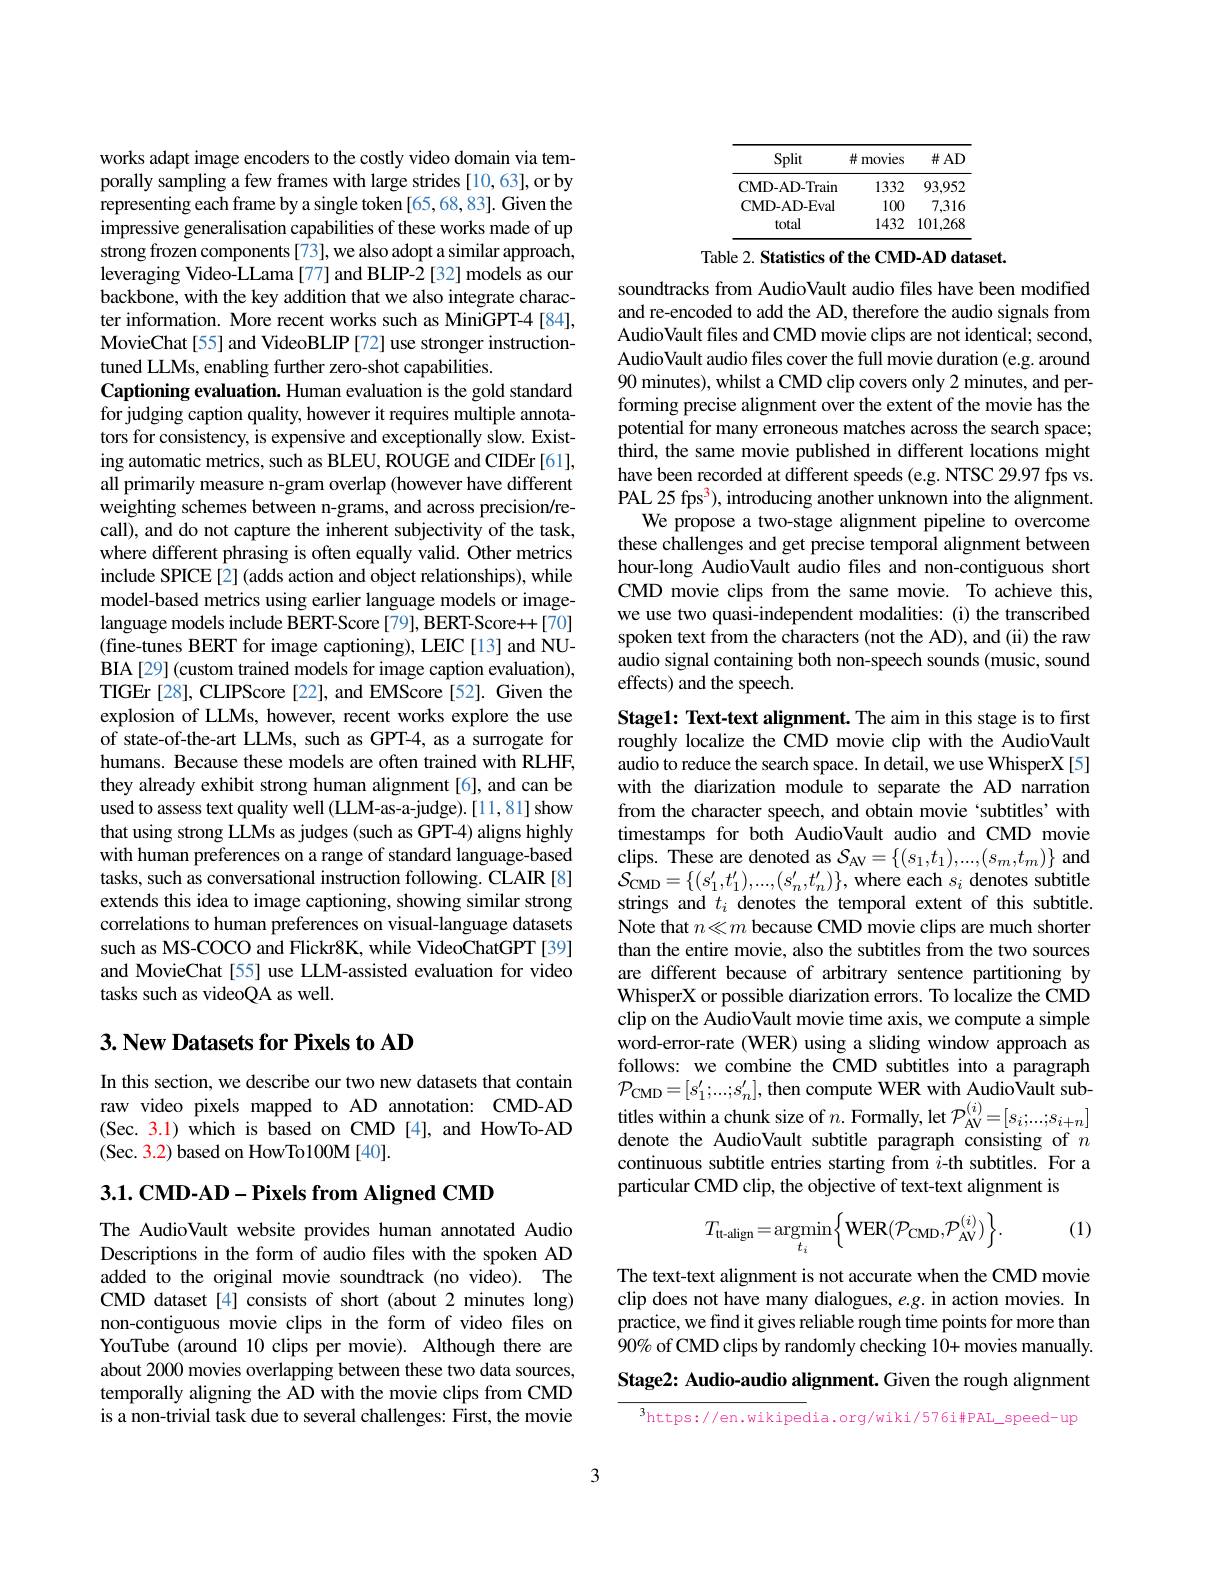
works adapt image encoders to the costly video domain via temporally sampling a few frames with large strides [10,63], or by representing each frame by a single token [65,68,83]. Given the impressive generalisation capabilities of these works made of up strong frozen components [73], we also adopt a similar approach, leveraging Video-LLama [77] and BLIP-2 [32] models as our backbone, with the key addition that we also integrate character information. More recent works such as MiniGPT-4 [84], MovieChat[55] and VideoBLIP[72] use stronger instructiontuned LLMs, enabling further zero-shot capabilities.
Captioning evaluation. Human evaluation is the gold standard for judging caption quality, however it requires multiple annotators for consistency, is expensive and exceptionally slow. Existing automatic metrics, such as BLEU, ROUGE and CIDEr [61], all primarily measure n-gram overlap (however have different weighting schemes between n-grams, and across precision/recall), and do not capture the inherent subjectivity of the task, where different phrasing is often equally valid. Other metrics include SPICE[2](adds action and object relationships), while model-based metrics using earlier language models or imagelanguage models include BERT-Score [79], BERT-Score++[70] (fine-tunes BERT for image captioning), LEIC[13] and NUBIA[29] (custom trained models for image caption evaluation), TIGEr[28], CLIPScore[22], and EMScore[52]. Given the explosion of LLMs, however, recent works explore the use of state-of-the-art LLMs, such as GPT-4, as a surrogate for humans. Because these models are often trained with RLHF, they already exhibit strong human alignment[6], and can be used to assess text quality well (LLM-as-a-judge).[11,81] show that using strong LLMs as judges (such as GPT-4) aligns highly with human preferences on a range of standard language-based tasks, such as conversational instruction following. CLAIR [8] extends this idea to image captioning, showing similar strong correlations to human preferences on visual-language datasets such as MS-COCO and Flickr8K, while VideoChatGPT [39] and MovieChat [55] use LLM-assisted evaluation for video tasks such as videoQA as well.

## 3. New Datasets for Pixels to AD

In this section, we describe our two new datasets that contain raw video pixels mapped to AD annotation: CMD-AD (Sec. 3.1) which is based on CMD [4], and HowTo-AD (Sec. 3.2) based on HowTo100M[40].

3.1. CMD-AD-Pixels from Aligned CMD

The AudioVault website provides human annotated Audio Descriptions in the form of audio files with the spoken AD added to the original movie soundtrack (no video). The CMD dataset[4] consists of short (about 2 minutes long) non-contiguous movie clips in the form of video files on YouTube (around 10 clips per movie). Although there are about 2000 movies overlapping between these two data sources, temporally aligning the AD with the movie clips from CMD is a non-trivial task due to several challenges: First, the movie

<table>
	<tbody>
		<tr>
			<th>Split</th>
			<th>井 movies</th>
			<th>$\#AD$</th>
		</tr>
		<tr>
			<td>CMD- AD- Train</td>
			<td>1332</td>
			<td>93,952</td>
		</tr>
		<tr>
			<td>CMD- AD- Eval</td>
			<td>100</td>
			<td>7,316</td>
		</tr>
		<tr>
			<td>total</td>
			<td>1432</td>
			<td>101,268</td>
		</tr>
	</tbody>
</table>

Table 2. Statistics of the CMD-AD dataset.

soundtracks from AudioVault audio files have been modified and re-encoded to add the AD, therefore the audio signals from AudioVault files and CMD movie clips are not identical; second, AudioVault audio files cover the full movie duration (e.g. around 90 minutes), whilst a CMD clip covers only 2 minutes, and performing precise alignment over the extent of the movie has the potential for many erroneous matches across the search space; third, the same movie published in different locations might have been recorded at different speeds (e.g. NTSC 29.97 fps vs. PAL 25 fps$^3)$, introducing another unknown into the alignment
We propose a two-stage alignment pipeline to overcome these challenges and get precise temporal alignment between hour-long AudioVault audio files and non-contiguous short CMD movie clips from the same movie. To achieve this, we use two quasi-independent modalities: (i) the transcribed spoken text from the characters (not the AD), and (ii) the raw audio signal containing both non-speech sounds (music, sound effects) and the speech.

Stage1: Text-text alignment. The aim in this stage is to first roughly localize the CMD movie clip with the AudioVault audio to reduce the search space. In detail, we use WhisperX[5] with the diarization module to separate the AD narration from the character speech, and obtain movie `subtitles' with timestamps for both AudioVault audio and CMD movie clips. These are denoted as $S_\mathrm{AV}=\{(s_1,t_1),...,(s_m,t_m)\}$ and $\mathcal{S}_{\mathrm{CMD}}=\{(s_{1}^{\prime},t_{1}^{\prime}),...,(s_{n}^{\prime},t_{n}^{\prime})\}$, where each $s_i$ denotes subtitle strings and $t_i$ denotes the temporal extent of this subtitle. Note that $n\ll m$ because CMD movie clips are much shorter than the entire movie, also the subtitles from the two sources are different because of arbitrary sentence partitioning by WhisperX or possible diarization errors. To localize the CMD clip on the AudioVault movie time axis, we compute a simple word-error-rate (WER) using a sliding window approach as follows: we combine the CMD subtitles into a paragraph $\mathcal{P}_{\mathrm{CMD}}=[s_{1}^{\prime};...;s_{n}^{\prime}]$,then compute WER with AudioVault subtitles within a chunk size of $n.$ Formally, let $\mathcal{P}_\mathrm{AV}^{(i)}=[s_i;...;s_{i+n}]$ denote the AudioVault subtitle paragraph consisting of $n$ continuous subtitle entries starting from $i$-th subtitles. For a particular CMD clip, the objective of text-text alignment is

(1)
$$T_{\mathrm{tt-align}}=\underset{t_{i}}{\mathrm{argmin}}\Big\{\mathrm{WER}(\mathcal{P}_{\mathrm{CMD}},\mathcal{P}_{\mathrm{AV}}^{(i)})\Big\}.$$
The text-text alignment is not accurate when the CMD movie clip does not have many dialogues, e.g. in action movies. In practice, we find it gives reliable rough time points for more than $90\%$ of CMD clips by randomly checking 10+ movies manually. Stage2: Audio-audio alignment. Given the rough alignment

$^{3}$https://en.wikipedia.org/wiki/576i#PAL\_speed-up

3